Language: tamil
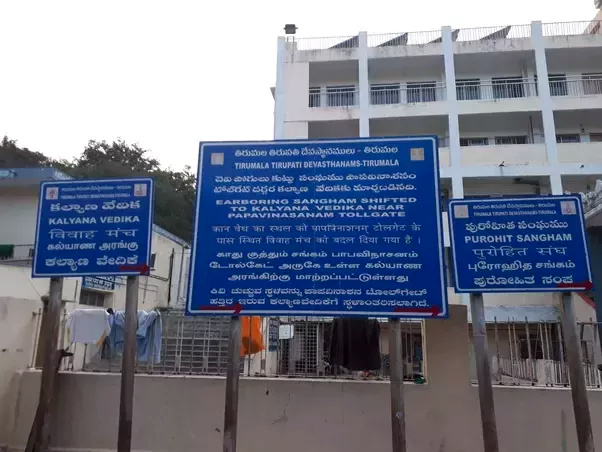
Transcription: கல்யாண குத்தும் டோல்கேட் அருகே உள்ள கல்யாண அரங்கிற்கு சங்கம் புரோஹித சங்கம் மாற்றப்பட்டுள்ளது அரங்கு காது